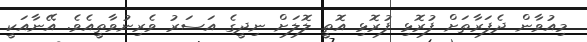
މިއުވާން ދެފަރާތަށް ފުރޮޅި ފުރޮޅި އޮތީ ލޮލަށް ނިދީގެ އަސަރު ވެރިނުވާތީއެވެ. އޭނާއަކީ